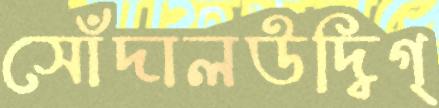
সোঁদালউদ্বিগ্